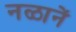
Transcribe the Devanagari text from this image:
नळानें